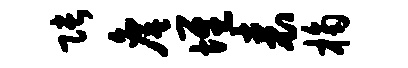
张詹堆表桷